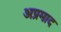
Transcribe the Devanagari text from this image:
अप्रमाद